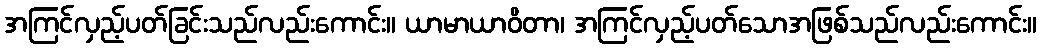
အကြင်လှည့်ပတ်ခြင်းသည်လည်းကောင်း။ ယာမာယာဝိတာ၊ အကြင်လှည့်ပတ်သောအဖြစ်သည်လည်းကောင်း။